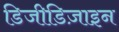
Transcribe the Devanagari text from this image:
डिजीडिज़ाइन